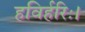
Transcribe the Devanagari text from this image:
हविर्हरिः।